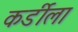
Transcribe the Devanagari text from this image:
कर्डीला